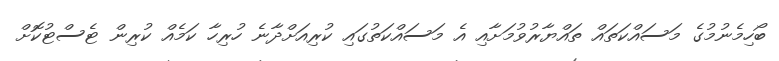
ބޯހިމެނުމުގެ މަސައްކަތައް ތައްޔާރުވުމަށާއި އެ މަސައްކަތުގައި ކުރިއަށްދާނެ ހުރިހާ ކަމެއް ކުރިން ޓެސްޓުކޮށް